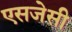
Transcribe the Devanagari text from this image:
एसजेसी